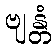
ဗျန္တံ